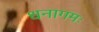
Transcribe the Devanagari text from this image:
धनागमः